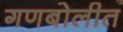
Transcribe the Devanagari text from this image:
गणबोलीत